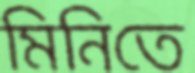
মিনিতে